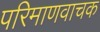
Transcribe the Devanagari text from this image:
परिमाणवाचक